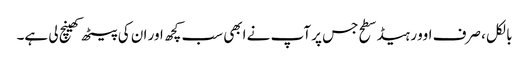
بالکل ، صرف اوور ہیڈ سطح جس پر آپ نے ابھی سب کچھ اور ان کی پیٹھ کھینچ لی ہے۔